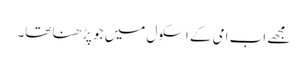
مجھے اب امی کے اسکول میں جو پڑھنا تھا۔